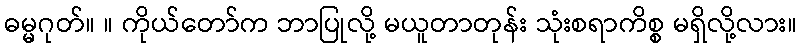
ဓမ္မဂုတ်။ ။ ကိုယ်တော်က ဘာပြုလို့ မယူတာတုန်း သုံးစရာကိစ္စ မရှိလို့လား။